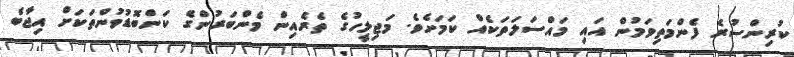
ކުރިންސުރެ ފެންމަތިވަމުން އައި މައްސަލަތަކެއް ކަމަށެވެ. މަޖިލީހުގެ ތެރެއިން މެންބަރުންގެ ކަންބޮޑުވުންތަކަށް އިޖާބެ